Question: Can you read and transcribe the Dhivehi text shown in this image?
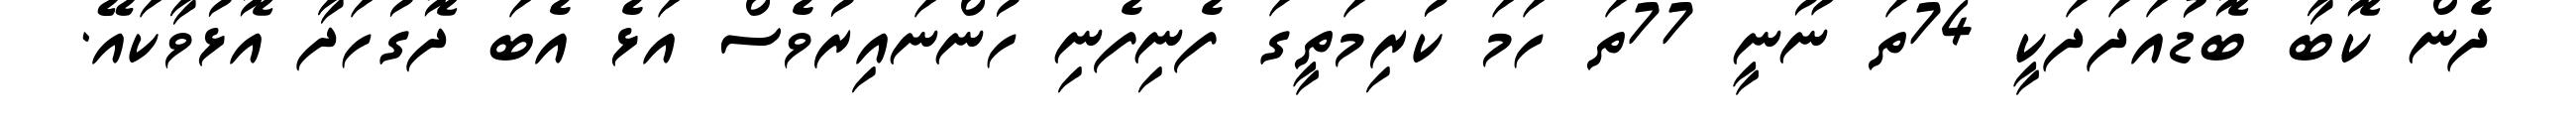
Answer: ދެން ކޮބާ ބޮޑުއަދަދަކީ 74ތަ ނޫނީ 77ތަ ހަމަ ކުރިމަތީގަ ފެނިފެނި ހުންނައިރުވެސް އަޅެ އެބަ ދޮގުހަދާ އޮޅުވާކައޭ.